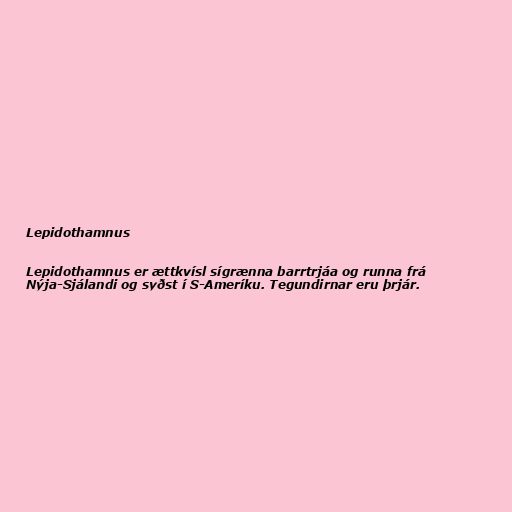
Lepidothamnus

Lepidothamnus er ættkvísl sígrænna barrtrjáa og runna frá
Nýja-Sjálandi og syðst í S-Ameríku. Tegundirnar eru þrjár.